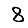
Digit: 8